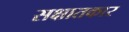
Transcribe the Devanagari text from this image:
सक्षातकार